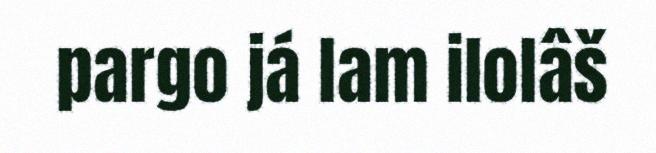
pargo já lam ilolâš